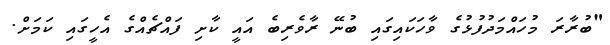
"ބުރާރަ މުހައްމަދުފުޅުގެ ވާހަކައިގައި ބުނޭ ރާވެރިބެ އައީ ކާށި ފައްޗެއްގެ އެހީގައި ކަމަށް.